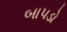
બાપડો